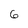
Character: 6